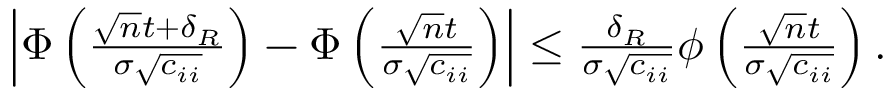
\begin{array} { r } { \left| \Phi \left( \frac { \sqrt { n } t + \delta _ { R } } { \sigma \sqrt { c _ { i i } } } \right) - \Phi \left( \frac { \sqrt { n } t } { \sigma \sqrt { c _ { i i } } } \right) \right| \leq \frac { \delta _ { R } } { \sigma \sqrt { c _ { i i } } } \phi \left( \frac { \sqrt { n } t } { \sigma \sqrt { c _ { i i } } } \right) . } \end{array}